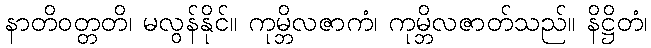
နာတိဝတ္တတိ၊ မလွန်နိုင်။ ကုမ္ဘိလဇာကံ၊ ကုမ္ဘိလဇာတ်သည်။ နိဋ္ဌိတံ၊